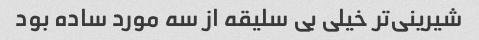
شیرینی‌تر خیلی بی سلیقه از سه مورد ساده بود